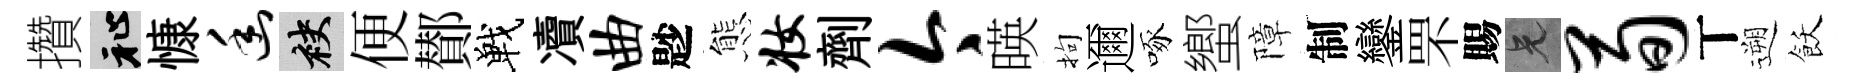
攢祉慷幽袂便鄼戰凟曲尟態妆劑今暎拘邇啄蠁障制鑾罘賜兄荀丅遡飫